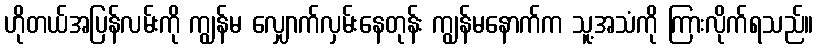
ဟိုတယ်အပြန်လမ်းကို ကျွန်မ လျှောက်လှမ်းနေတုန်း ကျွန်မနောက်က သူ့အသံကို ကြားလိုက်ရသည်။